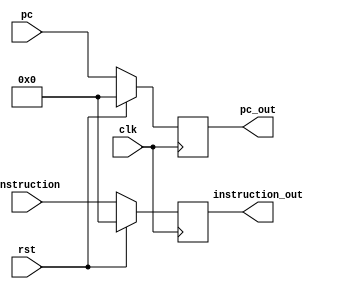
module IF_to_ID(clk, rst,pc ,instruction, pc_out, instruction_out);

	input clk, rst;
	input [31:0] pc, instruction ;
	output [31:0] pc_out, instruction_out ;
	reg [31:0] pc_out, instruction_out ;

	
	always @( posedge clk ) begin
		if (rst) begin
			pc_out <= 32'b0;
			instruction_out <= 32'b0;
		end
		else begin
			pc_out <= pc ;
			instruction_out <= instruction ;
		end
	end
		
endmodule